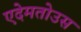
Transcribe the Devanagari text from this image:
एदेमतोउस